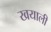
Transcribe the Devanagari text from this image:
खयाली